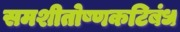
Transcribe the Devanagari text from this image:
समशीतोष्णकटिबंध